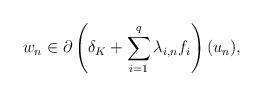
LaTeX: \begin{align*}w_n \in \partial \left( \delta_K + \sum\limits_{i=1}^{q} \lambda_{i,n} f_i \right)(u_n),\end{align*}